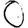
Digit: 0